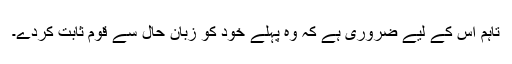
تاہم اس کے لیے ضروری ہے کہ وہ پہلے خود کو زبانِ حال سے قوم ثابت کردے۔